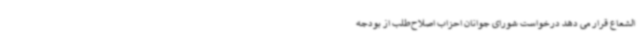
الشعاع قرار می دهد درخواست شورای جوانان احزاب اصلاح‌طلب از بودجه